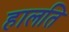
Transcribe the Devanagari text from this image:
हालति